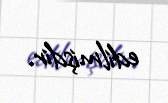
edilmişdir.